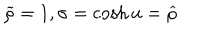
\widetilde { \rho } = 1 , \sigma = \cosh u = \widehat { \rho }